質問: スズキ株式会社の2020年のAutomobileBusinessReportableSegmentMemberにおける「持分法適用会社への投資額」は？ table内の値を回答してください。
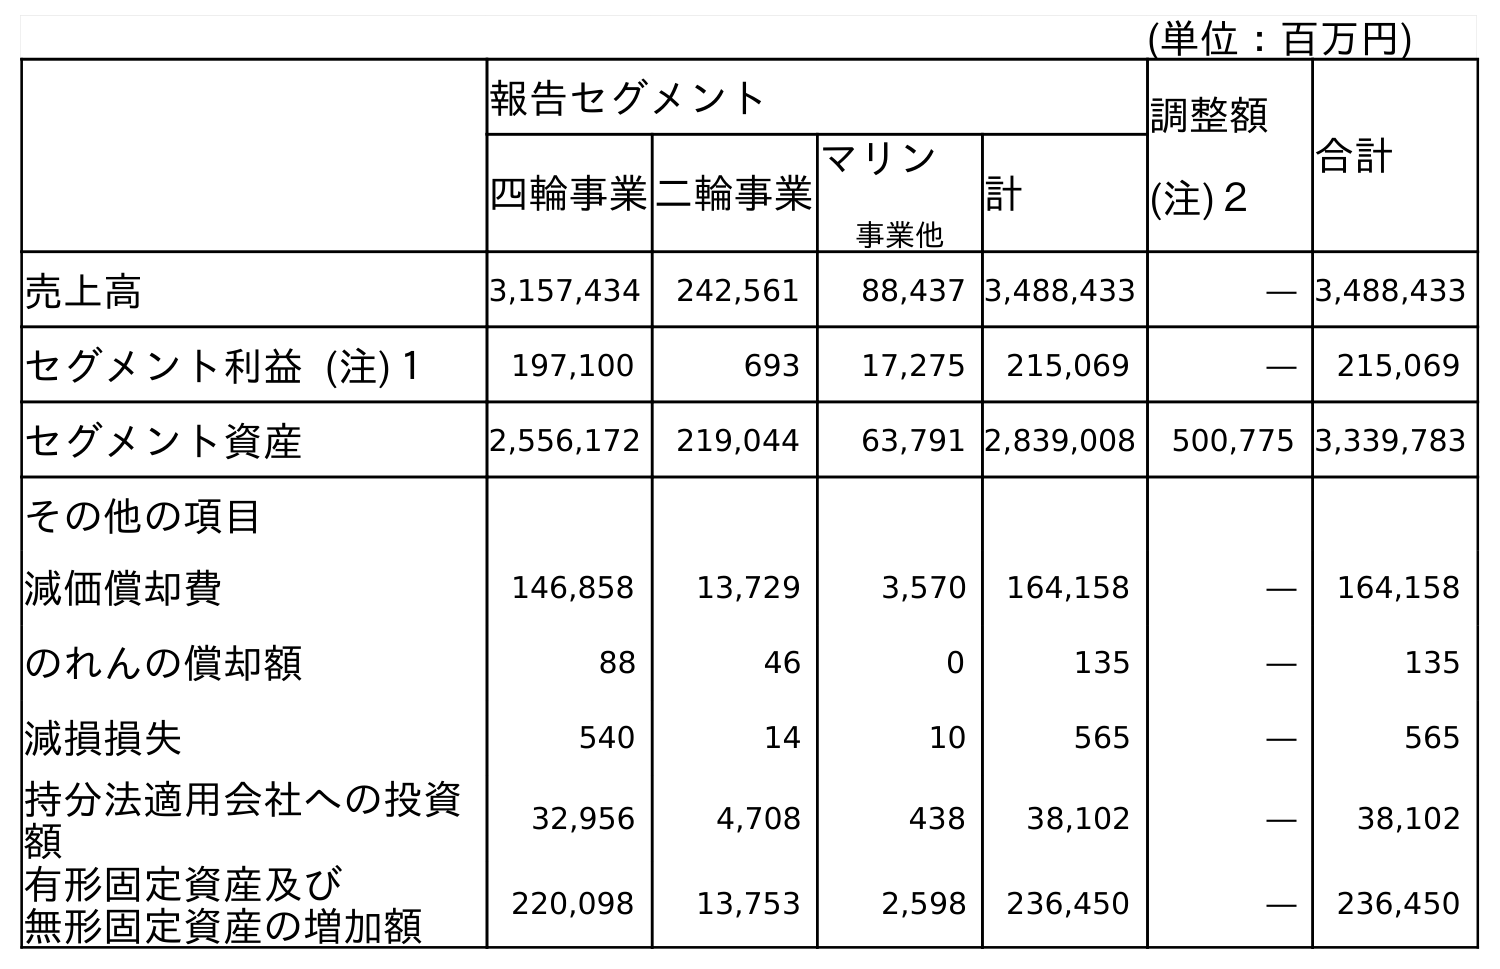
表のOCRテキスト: (単位：百万円) 報告セグメント 調整額 (注)２ 合計 四輪事業二輪事業 マリン 事業他 計 売上高 3,157,434 242,561 88,437 3,488,433 ― 3,488,433 セグメント利益 (注)１ 197,100 693 17,275 215,069 ― 215,069 セグメント資産 2,556,172 219,044 63,791 2,839,008 500,775 3,339,783 その他の項目 減価償却費 146,858 13,729 3,570 164,158 ― 164,158 のれんの償却額 88 46 0 135 ― 135 減損損失 540 14 10 565 ― 565 持分法適用会社への投資 額 32,956 4,708 438 38,102 ― 38,102 有形固定資産及び 無形固定資産の増加額 220,098 13,753 2,598 236,450 ― 236,450
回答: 32,956